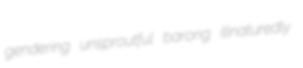
gendering unsproutful barong illnaturedly